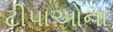
ટીપાઓના